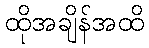
ထိုအချိန်အထိ